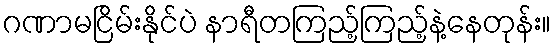
ဂဏာမငြိမ်းနိုင်ပဲ နာရီတကြည့်ကြည့်နဲ့နေတုန်း။